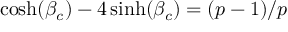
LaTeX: \cosh ( \beta _ { c } ) - 4 \sinh ( \beta _ { c } ) = ( p - 1 ) / p